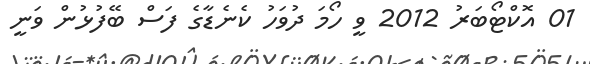
01 އޮކްޓޯބަރު 2012 ވީ ހޯމަ ދުވަހު ކެނެޑާގެ ފަސް ބޭފުޅުން ވަނީ